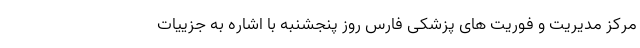
مرکز مدیریت و فوریت های پزشکی فارس روز پنجشنبه با اشاره به جزییات